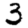
Digit: 3